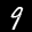
Label: 9